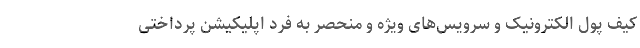
کیف پول الکترونیک و سرویس‌های ویژه و منحصر به فرد اپلیکیشن پرداختی